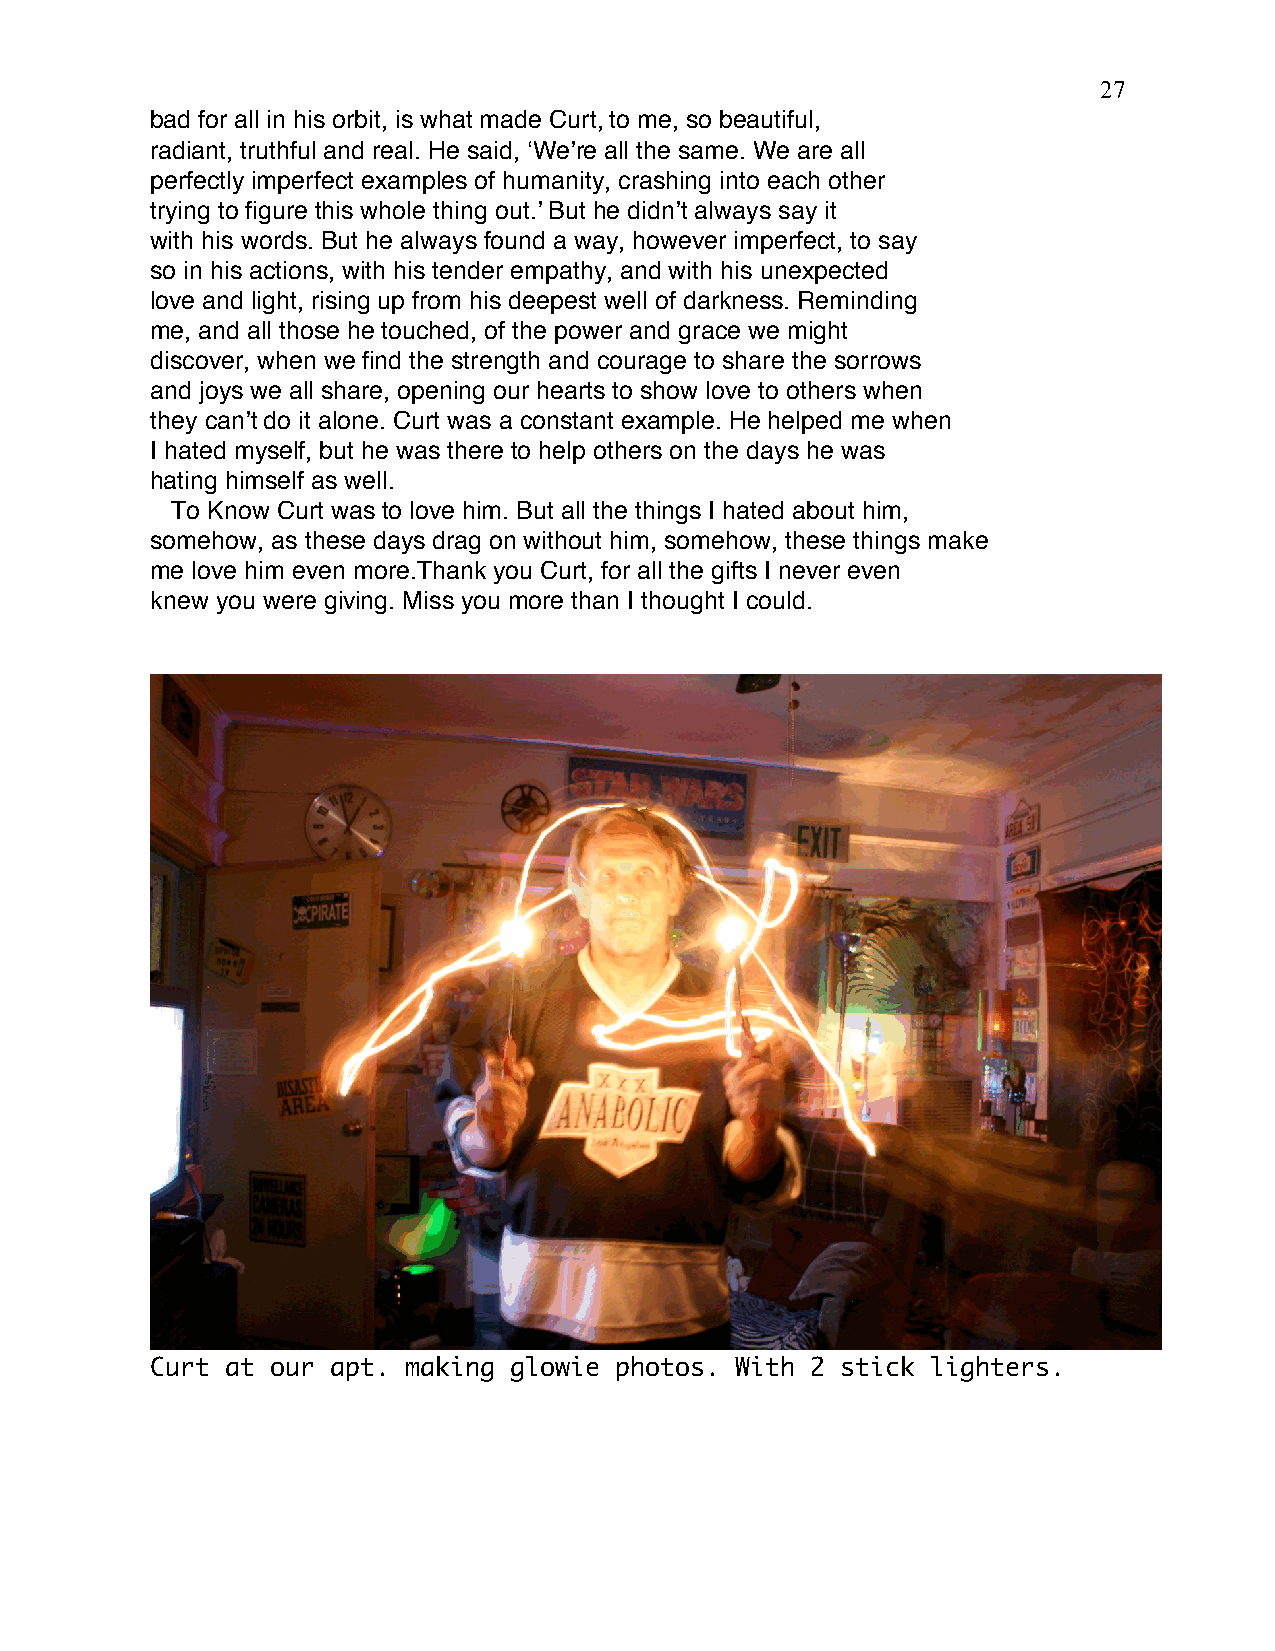
27
 bad for all in his orbit, is what made Curt, to me, so beautiful,
 radiant, truthful and real. He said, ʻWeʼre all the same. We are all
 perfectly imperfect examples of humanity, crashing into each other
 trying to figure this whole thing out.ʼ But he didnʼt always say it
 with his words. But he always found a way, however imperfect, to say
 so in his actions, with his tender empathy, and with his unexpected
 love and light, rising up from his deepest well of darkness. Reminding
 me, and all those he touched, of the power and grace we might
 discover, when we find the strength and courage to share the sorrows
 and joys we all share, opening our hearts to show love to others when
 they canʼt do it alone. Curt was a constant example. He helped me when
 I hated myself, but he was there to help others on the days he was
 hating himself as well.
 To Know Curt was to love him. But all the things I hated about him,
 somehow, as these days drag on without him, somehow, these things make
 me love him even more.Thank you Curt, for all the gifts I never even
 knew you were giving. Miss you more than I thought I could.
 Curt at our apt. making glowie photos. With 2 stick lighters.